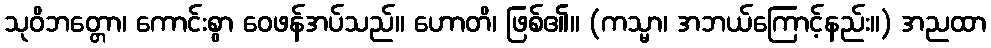
သုဝိဘတ္တော၊ ကောင်းစွာ ဝေဖန်အပ်သည်။ ဟောတိ၊ ဖြစ်၏။ (ကသ္မာ၊ အဘယ်ကြောင့်နည်း။) အညထာ